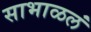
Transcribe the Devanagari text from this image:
साभाळलं